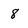
Character: 8